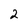
Character: 2